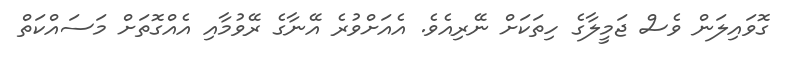
ގޮވައިލަން ވެސް ޖަމީލާގެ ހިތަކަށް ނޭރިއެވެ. އެއަށްވުރެ އޭނާގެ ރޭވުމާއި އެއްގޮތަށް މަސައްކަތް